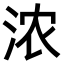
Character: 浓